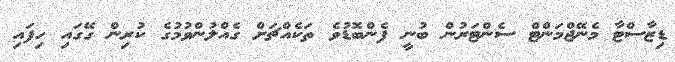
ޑިޒާސްޓާ މެނޭޖްމަންޓް ސެންޓަރުން ބުނީ ފެންބޮޑުވެ ތަކެއްޗަށް ގެއްލުންވުމުގެ ކުރިން ގޭގައި ހިފައި